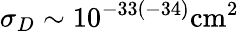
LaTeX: \sigma_{D}\sim 10^{-33(-34)}\mathrm{{cm}^{2}}